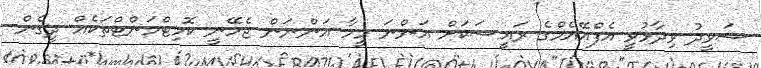
ޝަވީދު ވިދާޅުވީ އެފްއޭއެމްގެ ރައީސަކަށް އަންނަ މީހާ އަންނަން ޖެހޭނީ ކޮމިޓްމަންޓްތަކެއް ދީގެން